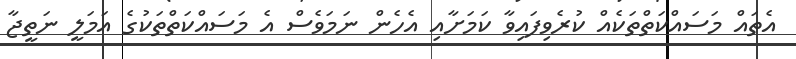
އެތައް މަސައްކަތްތަކެއް ކުރެވިފައިވާ ކަމަށާއި އެހެން ނަމަވެސް އެ މަސައްކަތްތަކުގެ އަމަލީ ނަތީޖާ